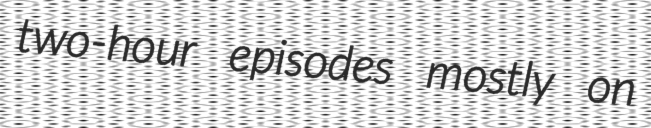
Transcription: two-hour episodes mostly on